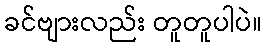
ခင်ဗျားလည်း တူတူပါပဲ။